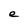
Character: e